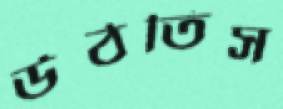
উঠতিস